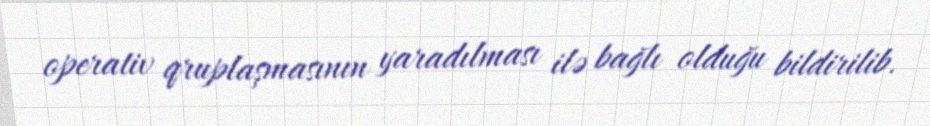
operativ qruplaşmasının yaradılması ilə bağlı olduğu bildirilib.